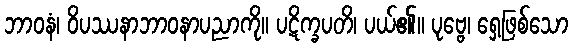
ဘာဝနံ၊ ဝိပဿနာဘာဝနာပညာကို။ ပဋိက္ခပတိ၊ ပယ်၏။ ပုဗ္ဗေ၊ ရှေ့ဖြစ်သော